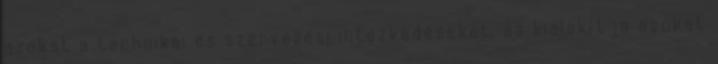
azokat a technikai és szervezési intézkedéseket, és kialakítja azokat